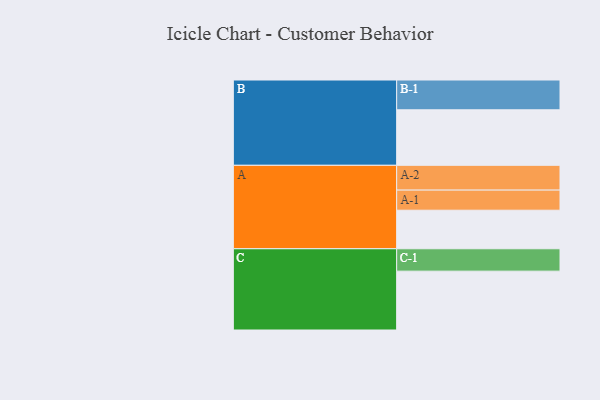
{"axis": {"x": "Segment", "y": "Value"}, "legend": ["", "A", "B", "C"], "data": [{"x": "A", "y": 370, "type": ""}, {"x": "B", "y": 533, "type": ""}, {"x": "C", "y": 565, "type": ""}, {"x": "A-1", "y": 193, "type": "A"}, {"x": "A-2", "y": 238, "type": "A"}, {"x": "B-1", "y": 286, "type": "B"}, {"x": "C-1", "y": 215, "type": "C"}]}